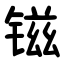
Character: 镃